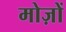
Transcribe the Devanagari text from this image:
मोज़ों